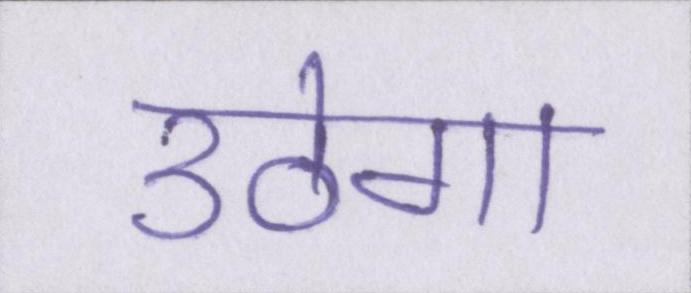
उठेगा